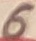
Text: 6